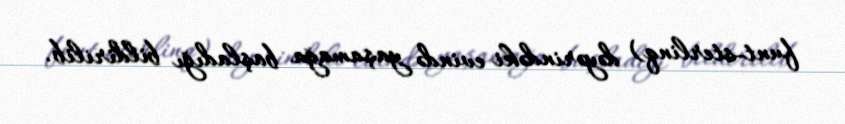
funt-sterlinq) dəyərindəki evində yaşamağa başladığı bildirilib.